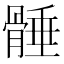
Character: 𩩞